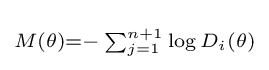
\scriptstyle M(\theta )=-\sum _{j=1}^{n+1}\log {D_{i}(\theta )}